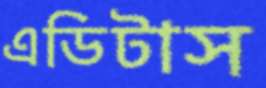
এডিটাস